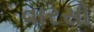
વારસો